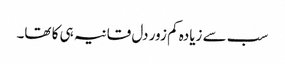
سب سے زیادہ کم زور دل قانیہ ہی کا تھا۔